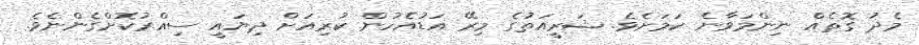
މެދު ގޮތެއް ނިންމަވާނެ ކަމަށެވެ. ޝަރީއަތުގެ މިރޭ އަޑުއެހުން ކުރިއަށް ދިޔައީ ސިއްރުކޮށްގެންނެވެ.